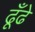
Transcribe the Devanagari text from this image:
ढूँढे